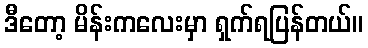
ဒီတော့ မိန်းကလေးမှာ ရှက်ရပြန်တယ်။